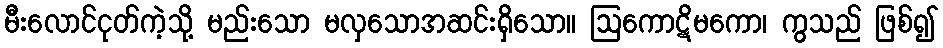
မီးလောင်ငုတ်ကဲ့သို့ မည်းသော မလှသောအဆင်းရှိသော။ ဩကောဋိမကော၊ ကွသည် ဖြစ်၍